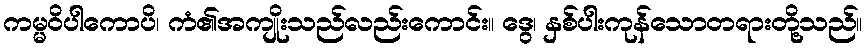
ကမ္မဝိပါကောပိ၊ ကံ၏အကျိုးသည်လည်းကောင်း။ ဒွေ၊ နှစ်ပါးကုန်သောတရားတို့သည်။